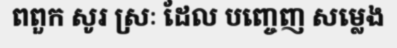
ពពួក សូរ ស្រៈ ដែល បញ្ចេញ សម្លេង